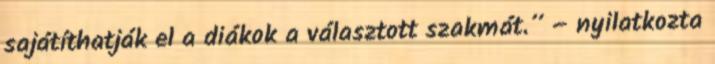
sajátíthatják el a diákok a választott szakmát.” – nyilatkozta